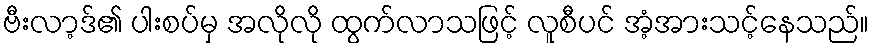
ဗီးလာ့ဒ်၏ ပါးစပ်မှ အလိုလို ထွက်လာသဖြင့် လူစီပင် အံ့အားသင့်နေသည်။